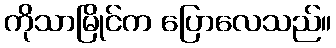
ကိုသာမြိုင်က ပြောလေသည်။